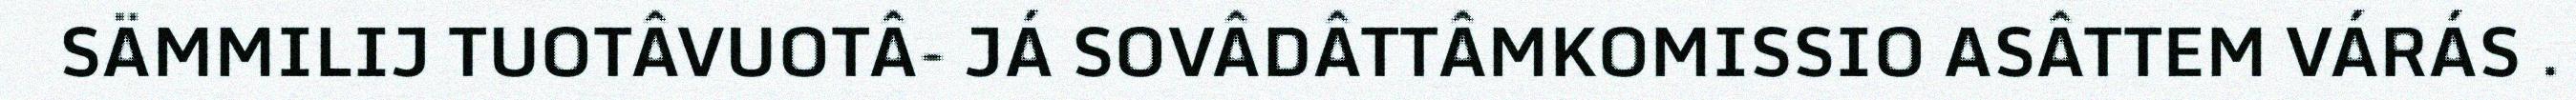
SÄMMILIJ TUOTÂVUOTÂ- JÁ SOVÂDÂTTÂMKOMISSIO ASÂTTEM VÁRÁS .